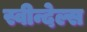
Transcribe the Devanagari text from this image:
स्वीन्देल्स